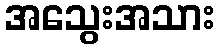
အသွေးအသား